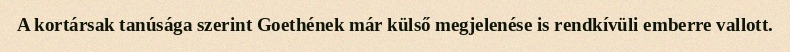
A kortársak tanúsága szerint Goethének már külső megjelenése is rendkívüli emberre vallott.